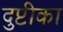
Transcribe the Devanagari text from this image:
दुप्टीका